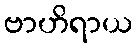
ဗာဟိရာယ